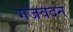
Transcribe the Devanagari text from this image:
गजवदन